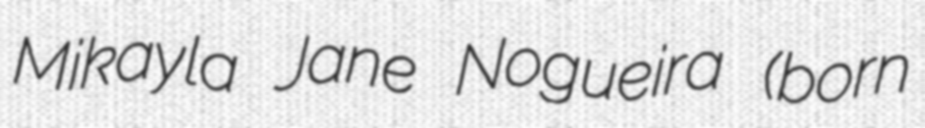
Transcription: Mikayla Jane Nogueira (born